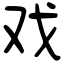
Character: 戏